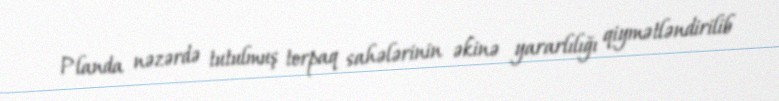
Planda nəzərdə tutulmuş torpaq sahələrinin əkinə yararlılığı qiymətləndirilib